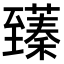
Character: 𫇑